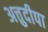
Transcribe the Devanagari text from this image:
अत्तुदीपा